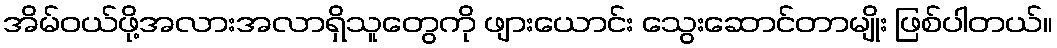
အိမ်ဝယ်ဖို့အလားအလာရှိသူတွေကို ဖျားယောင်း သွေးဆောင်တာမျိုး ဖြစ်ပါတယ်။